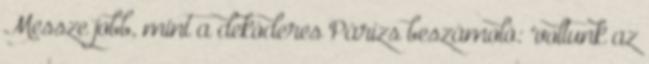
Messze jobb, mint a dekóderes Párizs beszámoló: "voltunk az